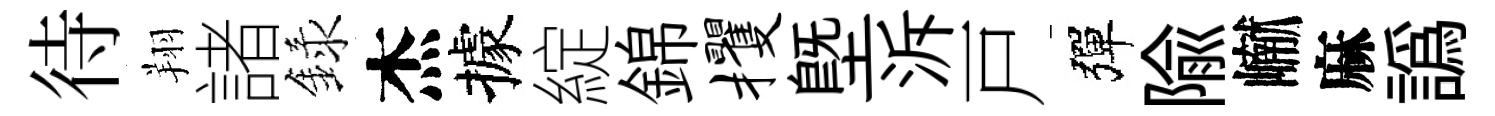
待翔諸録杰據綻錦攫塈泝戸彈隃𪩘麻譌